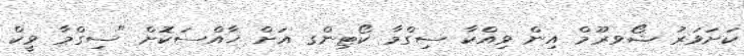
ކަށަވަރު ޝޯވރޫމް އިން ވިއްކާ ސިގްމާ ކޯޓިންގ އަށް ޚާއްސަކޮށް "ސިގްމާ ވީކް